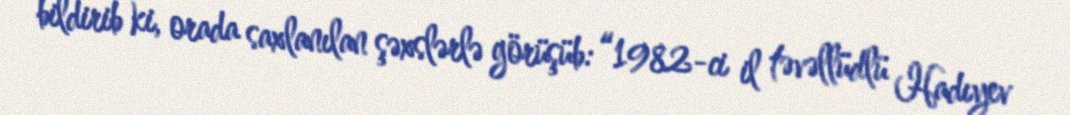
bildirib ki, orada saxlanılan şəxslərlə görüşüb: “1982-ci il təvəllüdlü Hadıyev